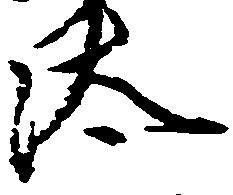
汰